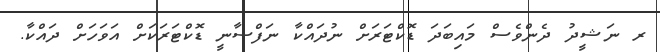
ރ ނަޝީދު ދެންވެސް މައިބަދަ ޑޮކްޓަރަށް ނުދައްކާ ނަފްސާނީ ޑޮކްޓަރަކަށް އަވަހަށް ދައްކާ.